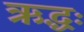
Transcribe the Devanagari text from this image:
ऋद्धः